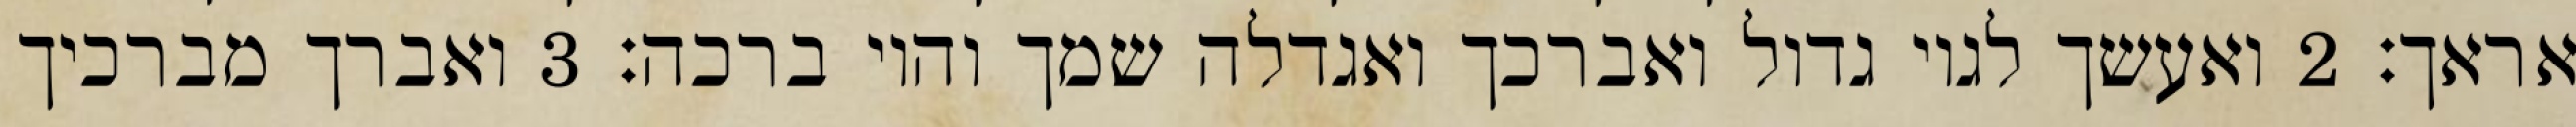
אראך׃ ‎2‏ ואעשך לגוי גדול ואברכך ואגדלה שמך והוי ברכה׃ ‎3‏ ואברך מברכיך